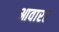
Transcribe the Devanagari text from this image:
आवारह